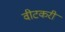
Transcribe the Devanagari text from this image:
वीटकरी